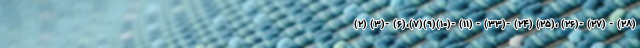
(۲) (۳)- (۶)،(۷)(۹)(۱۰)- (۱۱) - (۳۳)- (۲۴) (۲۵)، (۲۶)- (۲۷) - (۲۸)